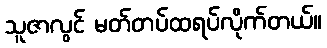
သူဇာလွင် မတ်တပ်ထရပ်လိုက်တယ်။